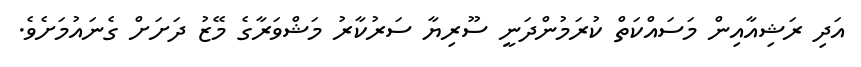
އަދި ރަޝިއާއިން މަސައްކަތް ކުރަމުންދަނީ ސޫރިޔާ ސަރުކާރު މަޝްވަރާގެ މޭޒު ދަށަށް ގެނައުމަށެވެ.